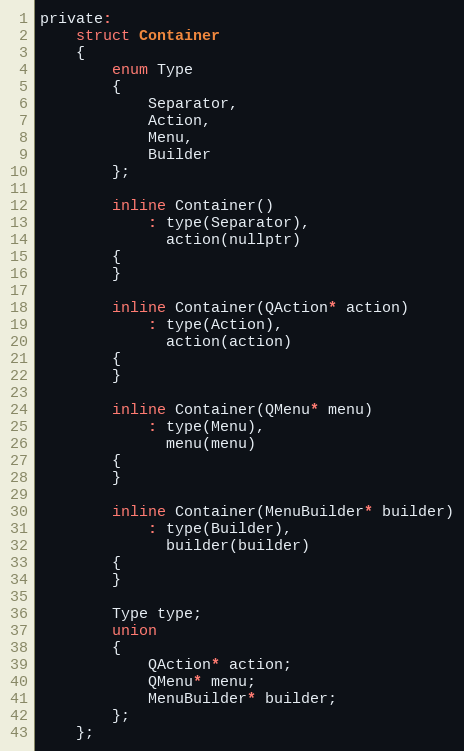
Language: C
private:
    struct Container
    {
        enum Type
        {
            Separator,
            Action,
            Menu,
            Builder
        };

        inline Container()
            : type(Separator),
              action(nullptr)
        {
        }

        inline Container(QAction* action)
            : type(Action),
              action(action)
        {
        }

        inline Container(QMenu* menu)
            : type(Menu),
              menu(menu)
        {
        }

        inline Container(MenuBuilder* builder)
            : type(Builder),
              builder(builder)
        {
        }

        Type type;
        union
        {
            QAction* action;
            QMenu* menu;
            MenuBuilder* builder;
        };
    };